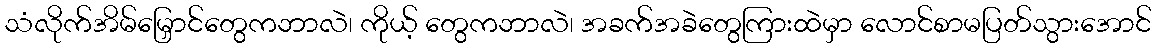
သံလိုက်အိမ်မြှောင်တွေကဘာလဲ၊ ကိုယ့် တွေကဘာလဲ၊ အခက်အခဲတွေကြားထဲမှာ လောင်စာမပြတ်သွားအောင်